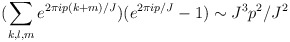
\begin{align*}(\sum_{k,l,m} e^{2\pi i p(k+m)/J})(e^{2\pi i p/J}-1) \sim J^3 p^2/J^2\end{align*}